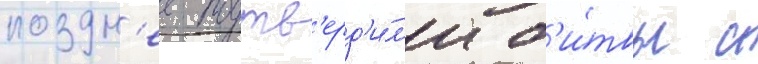
поздн'ее подтв'ерд'и́л'и б'и́твы с